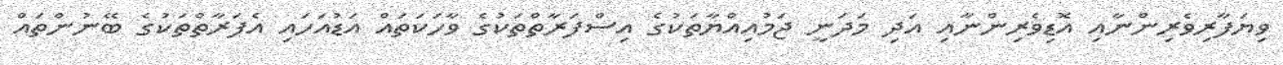
ވިޔަފާރިވެރިންނާއި އޮޑިވެރިންނާއި އަދި މަދަނީ ޖަމުއިއްޔާތަކުގެ އިސްފަރާތްތަކުގެ ވާހަކަތައް އަޑުއަހައި އެފަރާތްތަކުގެ ބޭނުންތައް